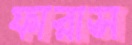
ফারাস